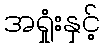
အရှုံးနှင့်